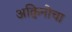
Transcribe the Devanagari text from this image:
अक्विनोचा